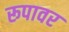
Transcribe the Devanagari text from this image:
रूपावर